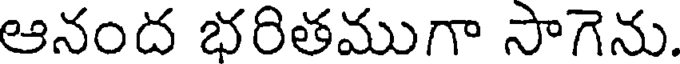
ఆనంద భరితముగా సాగెను.